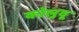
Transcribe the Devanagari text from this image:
कोलुवू